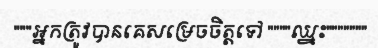
"""អ្នកត្រូវបានគេសម្រេចចិត្តទៅ """"ឈ្នះ"""""""